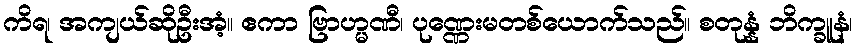
ကိရ၊ အကျယ်ဆိုဦးအံ့။ ဧကာ ဗြာဟ္မဏီ၊ ပုဏ္ဏေးမတစ်ယောက်သည်။ စတုန္နံ ဘိက္ခူနံ၊